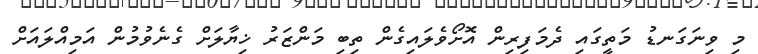
މި ވިނަގަނޑު މަތީގައި ދެމަފިރިން އޮށޯވެލައިގެން ތިބި މަންޒަރު ޚިޔާލަށް ގެނެވުމުން އަމިއްލައަށް